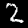
Digit: 2